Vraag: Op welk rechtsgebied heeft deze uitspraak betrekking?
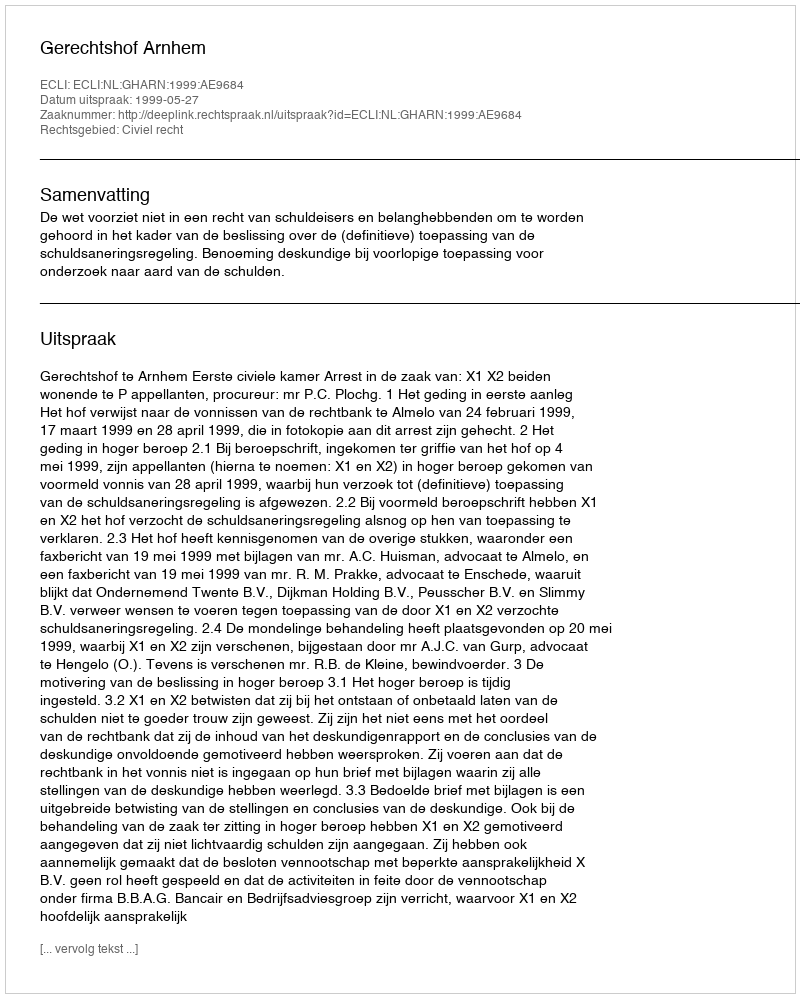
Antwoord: Civiel recht